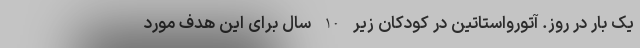
یک بار در روز. آتورواستاتین در کودکان زیر 10 سال برای این هدف مورد